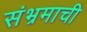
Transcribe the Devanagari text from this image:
संभ्रमाची